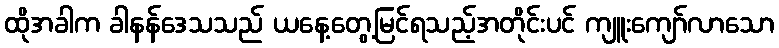
ထိုအခါက ခါနန်ဒေသသည် ယနေ့တွေ့မြင်ရသည့်အတိုင်းပင် ကျူးကျော်လာသော